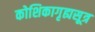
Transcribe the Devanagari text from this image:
कोशिकागृह्यसूत्र